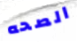
الصحه